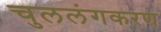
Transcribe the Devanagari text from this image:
चुललंगकरण